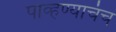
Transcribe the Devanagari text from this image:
पाव्हण्याचंच